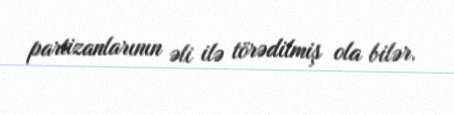
partizanlarının əli ilə törədilmiş ola bilər.